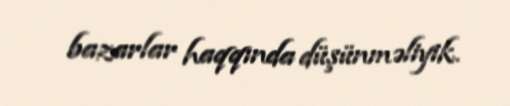
bazarlar haqqında düşünməliyik.